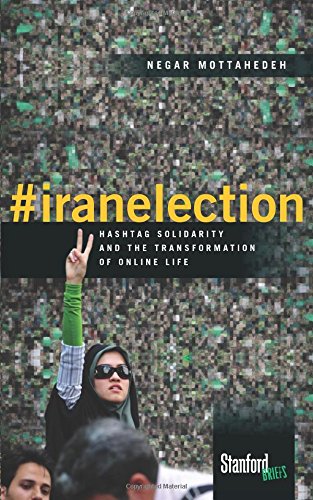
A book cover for #iranelection: Hashtag Solidarity and the Transformation of Online Life; Negar Mottahedeh; History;